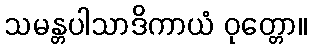
သမန္တပါသာဒိကာယံ ဝုတ္တော။